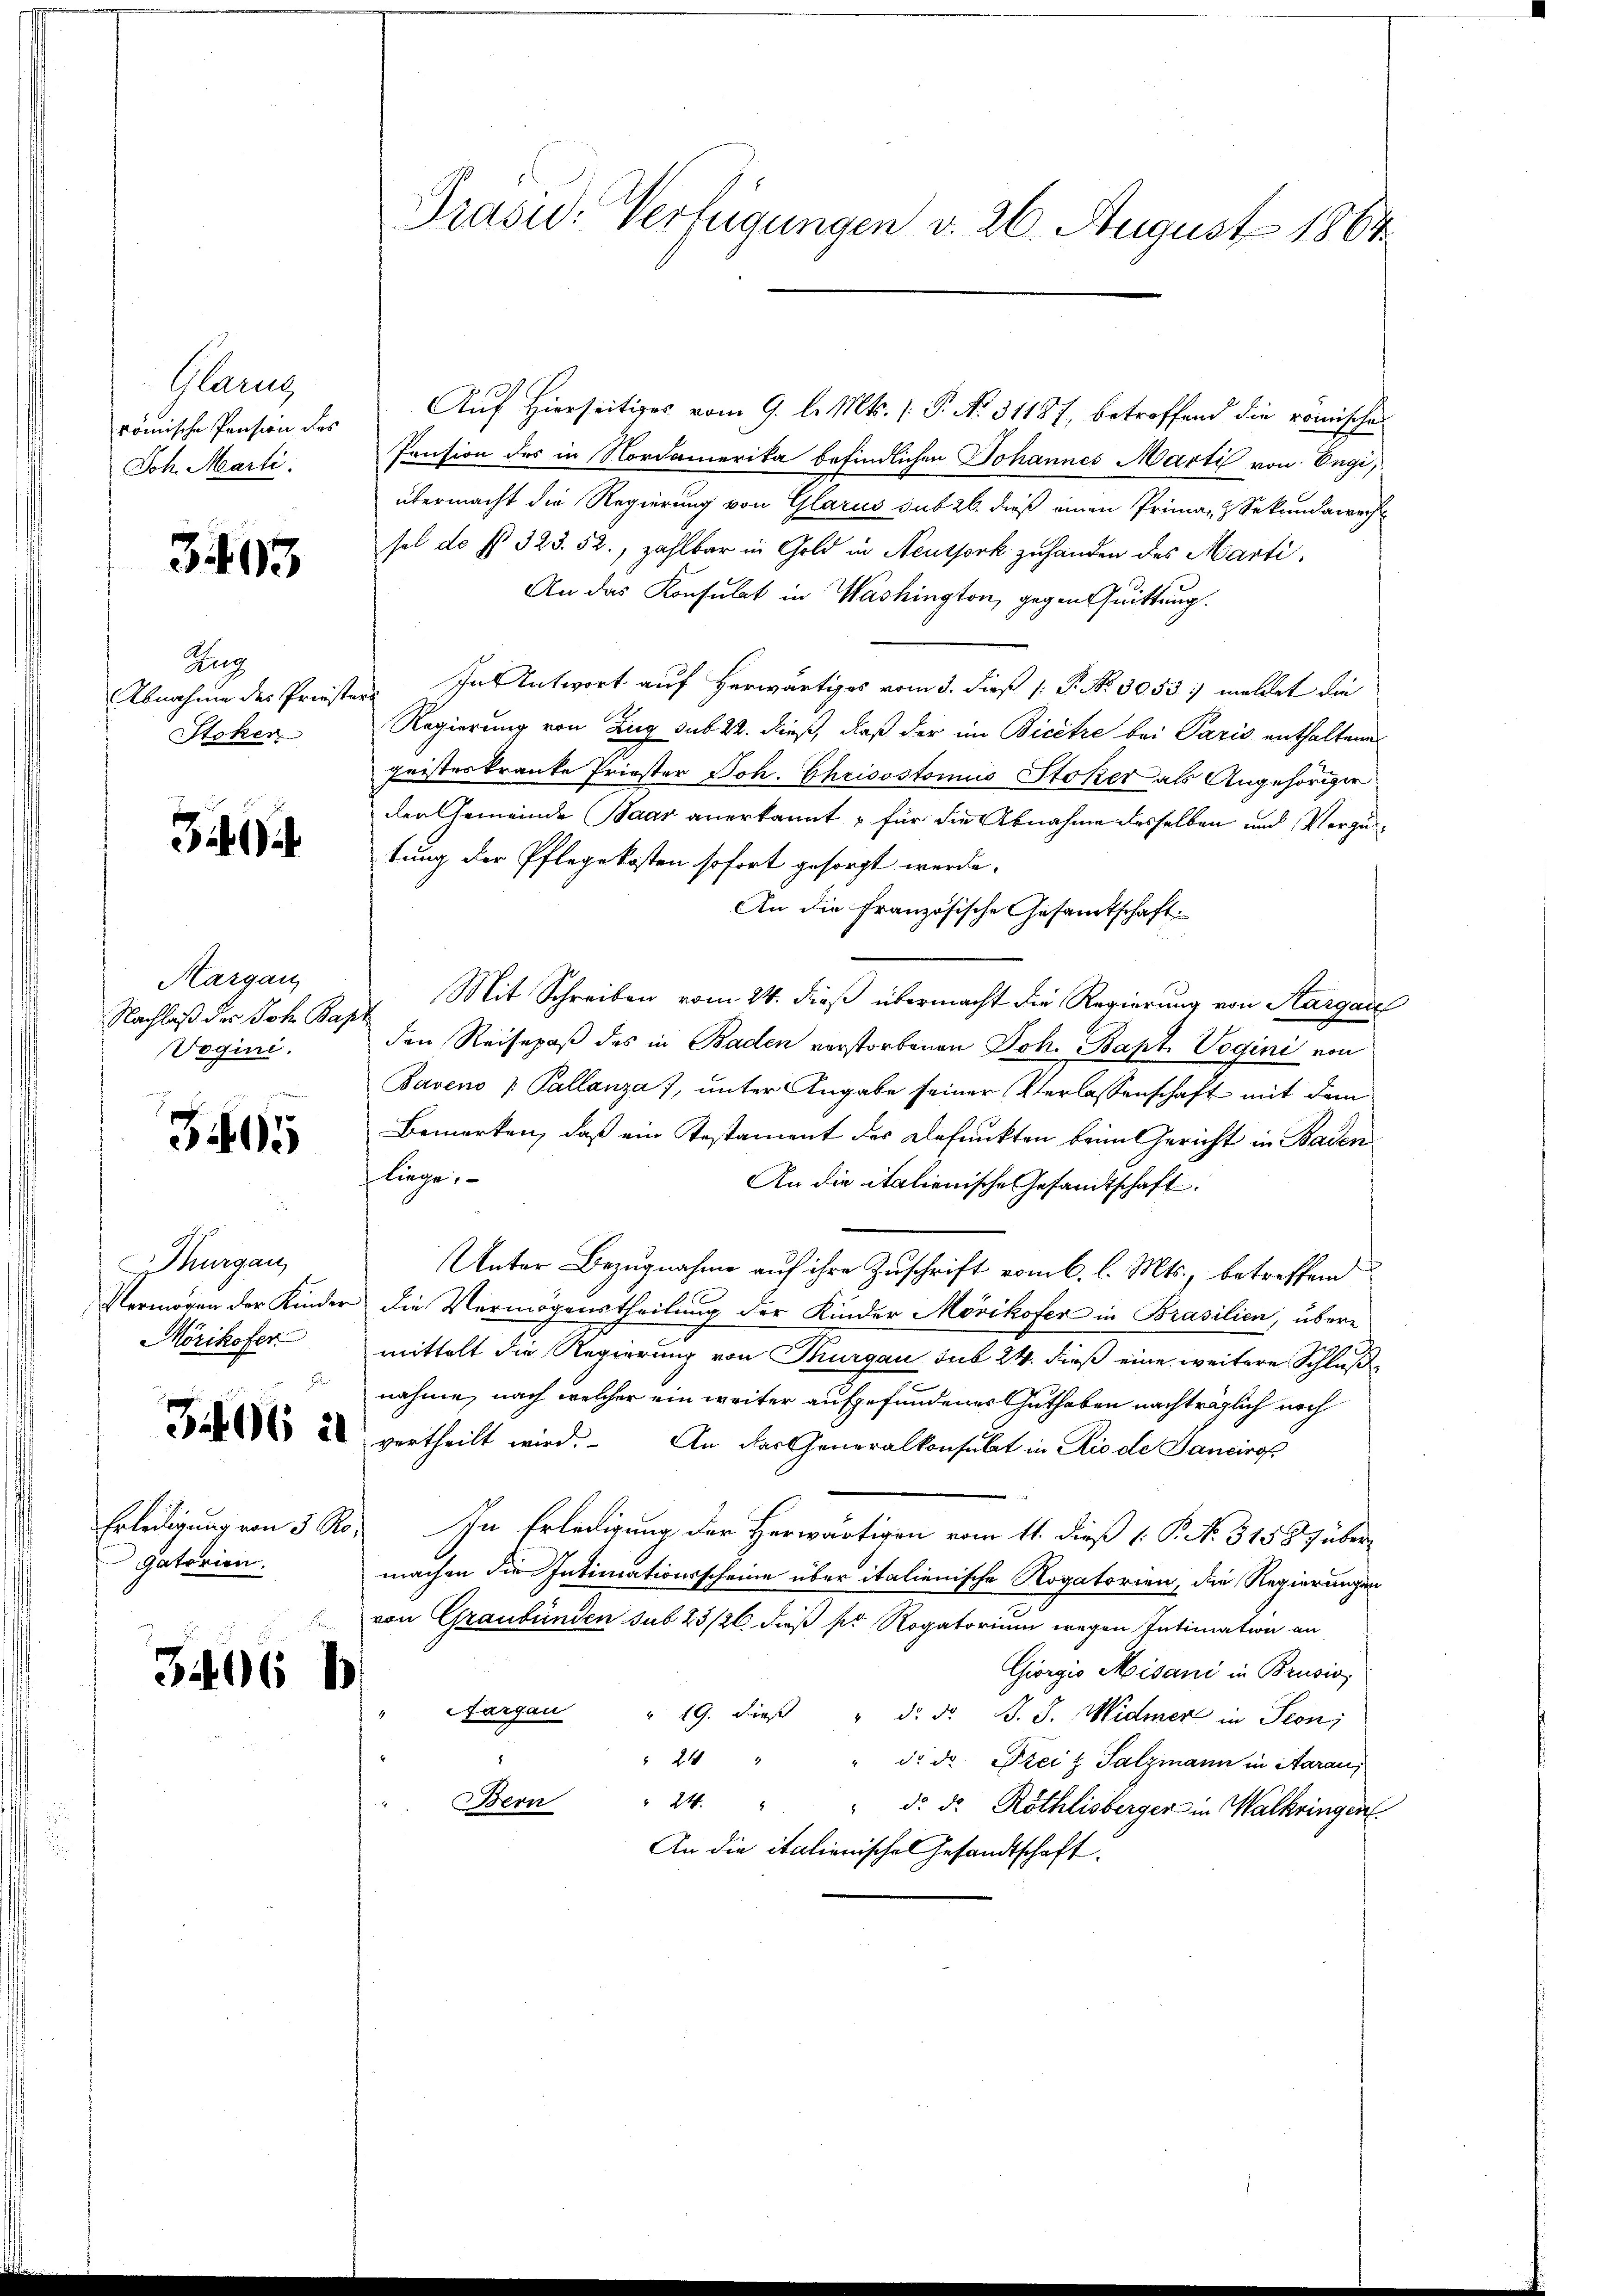
Glanz
römische Pension des
Joh. Marti

393

Zug
Abnahme des Priester-
Stoker

340

Margau,
Nachlaß der Joh. Bapr
Voguni.

3495

Thurgau,
Mörikofer
e

Erledigung von 5 A
Gatorien.

Auf Hierseitiges vom 9. l. Mts. (T. No. 31187, betreffend die römischen
Pension des in Nordamerika befindlichen Johannes Marti von Engi,
übermacht die Regierung von Glarus sub 26. dieß einen Primar Sekundarech
sel de s. 323. 52, zahlbar in Gold in Neuthork zuhanden des Marti,
An das Konsulat in Washington, gegen Quittung.
In Antwort auf herwärtiges vom 3. dieß (: P. Nr. 3053. meldet die
Regierung von Zug sub 22. dieß, daß der im Bicêtre bei Paris enthaltene
geister kranke Priester Joh. Chrisostomus Stoker als Angehörder
der Gemeinde Paar anerkannt, für die Abnahme desselben und Vergüntung der Pflegekosten sofort gesorgt werde.
An die Französische Gesamtschaft.
Mit Schreiben vom 24. dieß übermacht die Regierung von Kargau
den Reisepaß des in Baden verstorbenen Joh. Bapt. Vogini von
Baveno - Pallanza 7, unter Angabe seiner Verlassenschaft mit dem
Bemerken, daß ein Testament des Defunkten beim Gericht in Baden
fliege.
An die italienische Gesandtschaft.
Unter Bezugnahme auf ihre Zuschrift vom 6. l. Mts., betreffend
Vermögen der Kinder die Vermögenstheilung der Kinder Mörikofer in Brasilien, übere
mittelt die Regierung von Thurgau sub 24. dieß eine weitere Schlußnahme, nach welcher ein weiter aufgefundener Guthaben nachträglich noch
De u vertheilt wird. An der Generalkonsulat in Riede Sancirop
Ro. In Erledigung der Herwärtigen vom 11. dieß ( P. N. 31587 über
machen die Intimationsscheine über italienische Rogatorien, die Regierungen
von Graubünden sub 23/26 dieß pr Rogatorium wegen Intimation an
Giorgio Moisani in Brusio
Aargau " 19. dieß " d. d. J. J. Widmer in Seon,
 24 " " d. d. Dreiz Salzmann in Aaraus
Bern
 24. " " d. d. Röthlisberger in Walkringen
An die italienisches Gesandtschaft

3406 b

Präsid. Verfügungen d. 26. August 1864